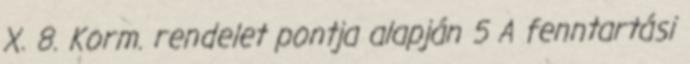
X. 8. Korm. rendelet pontja alapján 5 A fenntartási